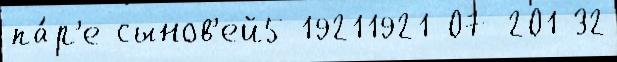
па́р'е сынов'ей5 19211921-07-201 32